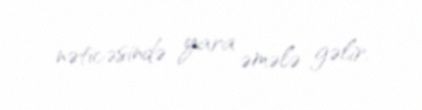
nəticəsində yara əmələ gəlir.